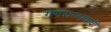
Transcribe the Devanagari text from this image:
गणराज्यवादीं